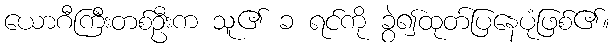
ယောဂီကြီးတစ်ဦးက သူ၏ ခ ရင်ကို ခွဲ၍ထုတ်ပြနေပုံဖြစ်၏။